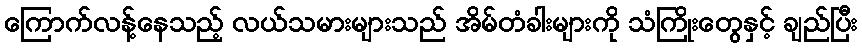
ကြောက်လန့်နေသည့် လယ်သမားများသည် အိမ်တံခါးများကို သံကြိုးတွေနှင့် ချည်ပြီး